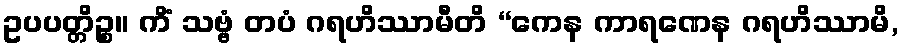
ဥပပတ္တိဉ္စ။ ကိံ သဗ္ဗံ တပံ ဂရဟိဿာမီတိ “ကေန ကာရဏေန ဂရဟိဿာမိ,